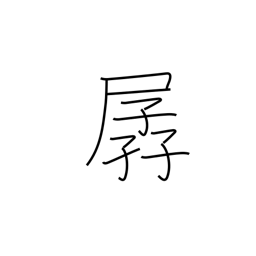
Meaning: weak